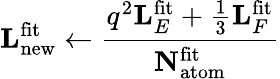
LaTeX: \mathbf{L}_{\mathrm{new}}^{\mathrm{fit}}\leftarrow\frac{q^{2}\mathbf{L}_{E}^{\mathrm{fit}}+\frac{1}{3}\mathbf{L}_{F}^{\mathrm{fit}}}{\mathbf{N}_{\mathrm{atom}}^{\mathrm{fit}}}